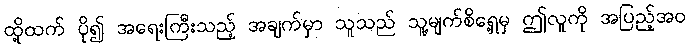
ထို့ထက် ပို၍ အရေးကြီးသည့် အချက်မှာ သူသည် သူ့မျက်စိရှေ့မှ ဤလူကို အပြည့်အဝ